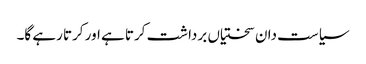
سیاست دان سختیاں برداشت کرتا ہے اور کرتا رہے گا۔